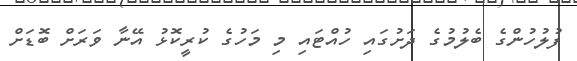
ފުލުހުންގެ ބެލުމުގެ ދަށުގައި ހުއްޓައި މި މަހުގެ ކުރީކޮޅު އޭނާ ވަރަށް ބޮޑަށް